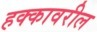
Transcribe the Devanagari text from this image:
हक्कावरील